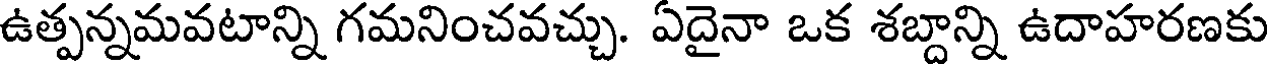
ఉత్పన్నమవటాన్ని గమనించవచ్చు. ఏదైనా ఒక శబ్దాన్ని ఉదాహరణకు